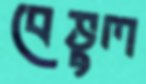
বেভুল